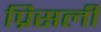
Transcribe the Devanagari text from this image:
प्रिसली